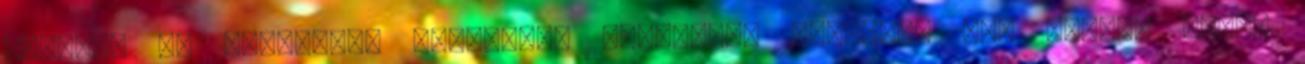
mezőket és hegyeket. Ünneplőbe öltöztet. Zúzmarát rak fémre, fára,